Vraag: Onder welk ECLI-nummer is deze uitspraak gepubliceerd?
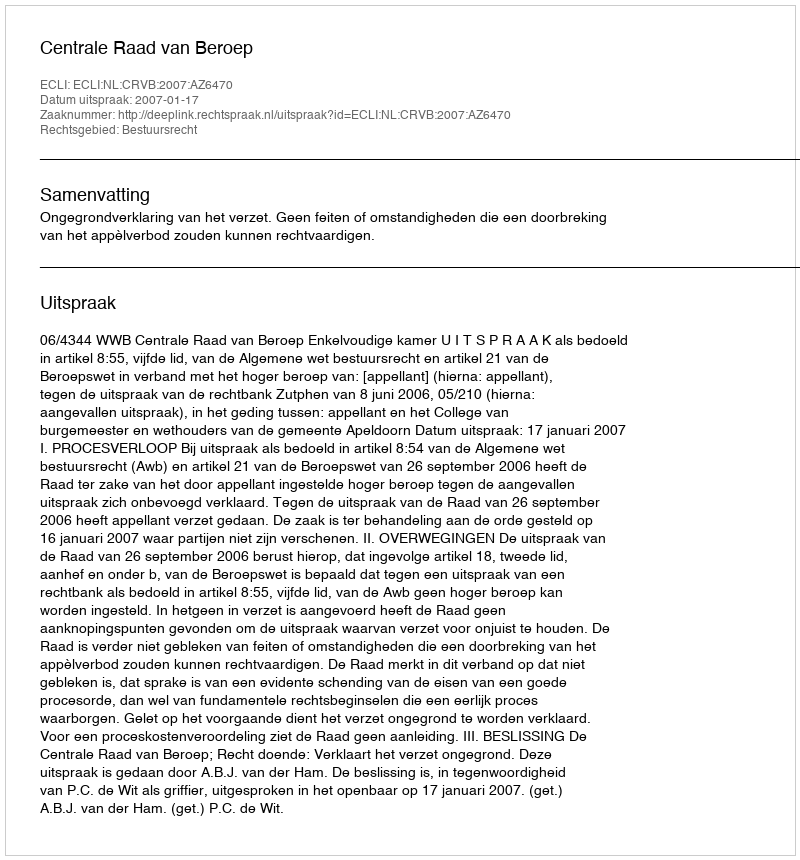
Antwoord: ECLI:NL:CRVB:2007:AZ6470